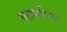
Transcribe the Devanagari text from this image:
महामरिम्मा